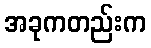
အခုကတည်းက